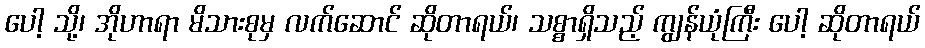
ပေါ့ သို့၊ အိုဟာရာ မိသားစုမှ လက်ဆောင် ဆိုတာရယ်၊ သစ္စာရှိသည့် ကျွန်ယုံကြီး ပေါ့ ဆိုတာရယ်